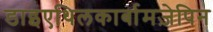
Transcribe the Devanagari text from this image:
डाइएथिलकार्बामज़ेपिन